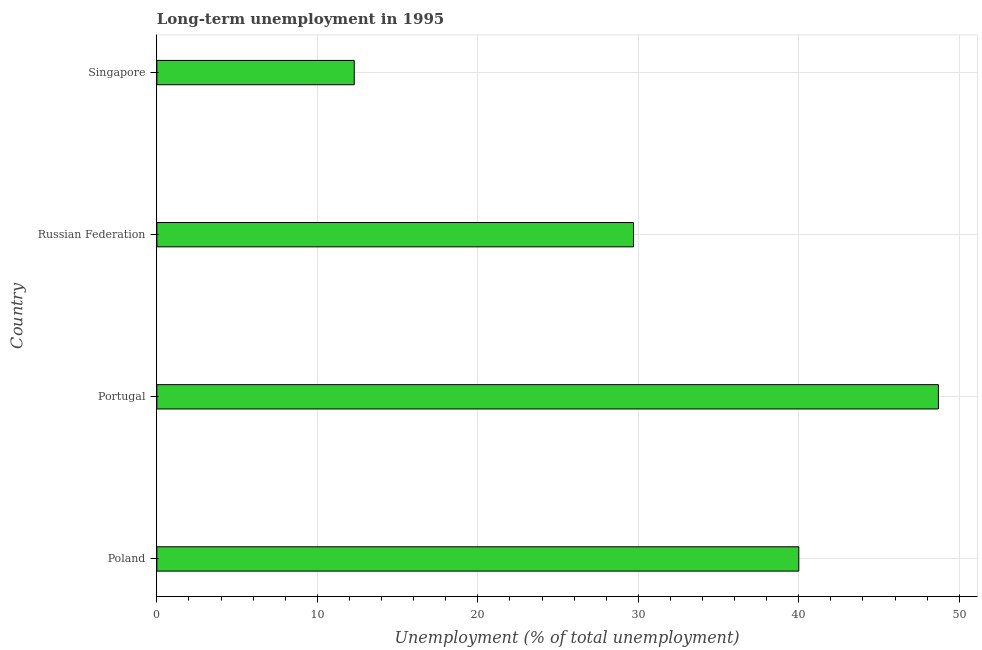
| Country | Long-term unemployment  |
 | --- | --- |
 | Poland | 40 |
 | Portugal | 48.7 |
 | Russian Federation | 29.7 |
 | Singapore | 12.3 |